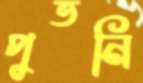
পুতনি